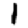
Digit: 1